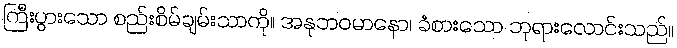
ကြီးပွားသော စည်းစိမ်ချမ်းသာကို။ အနုဘဝမာနော၊ ခံစားသော ဘုရားလောင်းသည်။